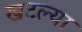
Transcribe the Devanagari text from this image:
खटल्या